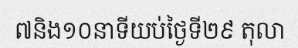
៧និង១០នាទីយប់ថ្ងៃទី២៩ តុលា